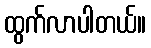
ထွက်လာပါတယ်။